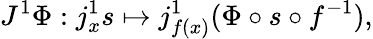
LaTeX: J^{1}\Phi:j_{x}^{1}s\mapsto j_{f(x)}^{1}(\Phi\circ s\circ f^{-1}),